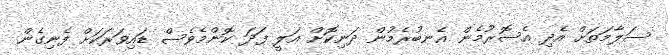
ސަލާމަތަށް އެދި އެސޮރުމެން އެނބުރެމުން ދަނިކޮށް އަލީ ފަދަ ކޮންމެެވެސް ޑައިވަރަކަށް ފެނިގެން